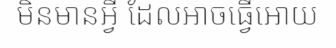
មិនមានអ្វី ដែលអាចធ្វើអោយ